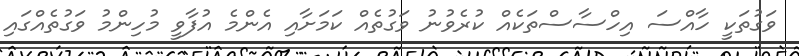
ވަގުތަކީ ހާއްސަ އިހްސާސްތަކެއް ކުރެވުނު ވަގުތެއް ކަަމަށާއި އެންމެ އުފާވީ މުހިންމު ވަގުތެއްގައި